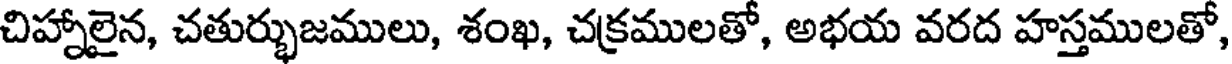
చిహ్నాలైన, చతుర్భుజములు, శంఖ, చక్రములతో, అభయ వరద హస్తములతో,